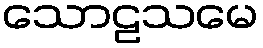
သောဠသမေ